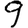
Digit: 9